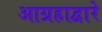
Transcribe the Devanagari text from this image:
आग्रहाद्वारे